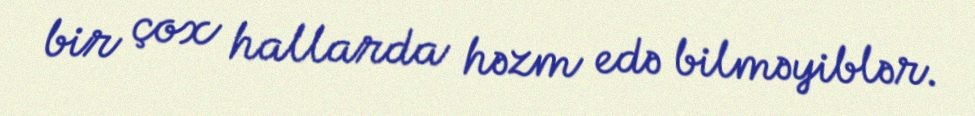
bir çox hallarda həzm edə bilməyiblər.